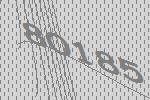
80185